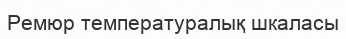
Ремюр температуралық шкаласы